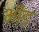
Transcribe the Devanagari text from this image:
भींड़